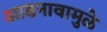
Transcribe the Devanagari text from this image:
आडनावामुळे